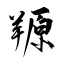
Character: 羱